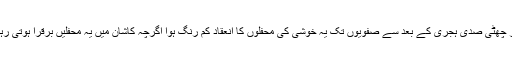
پھر چھٹی صدی ہجری کے بعد سے صفویوں تک یہ خوشی کی محفلوں کا انعقاد کم رنگ ہوا اگرچہ کاشان میں یہ محفلیں برقرا ہوتی رہیں۔